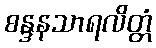
စန္ဒနသာရလိတ္တံ